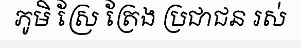
ភូមិ ស្រែ ត្រែង ប្រជាជន រស់